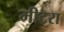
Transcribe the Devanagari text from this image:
मीटरा